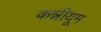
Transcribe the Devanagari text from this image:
कन्नीयूम